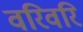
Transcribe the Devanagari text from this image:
वरिवरि